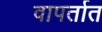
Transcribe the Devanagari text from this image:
वापर्तात